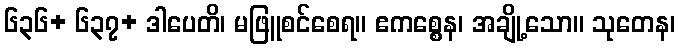
၆၃၆+ ၆၃၇+ ဒါပေတိ၊ မဖြူစင်စေရ။ ဧကစ္စေန၊ အချို့သော။ သုတေန၊